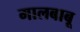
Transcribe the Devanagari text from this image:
मालबाबू